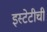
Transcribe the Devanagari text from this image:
इस्टेटीची